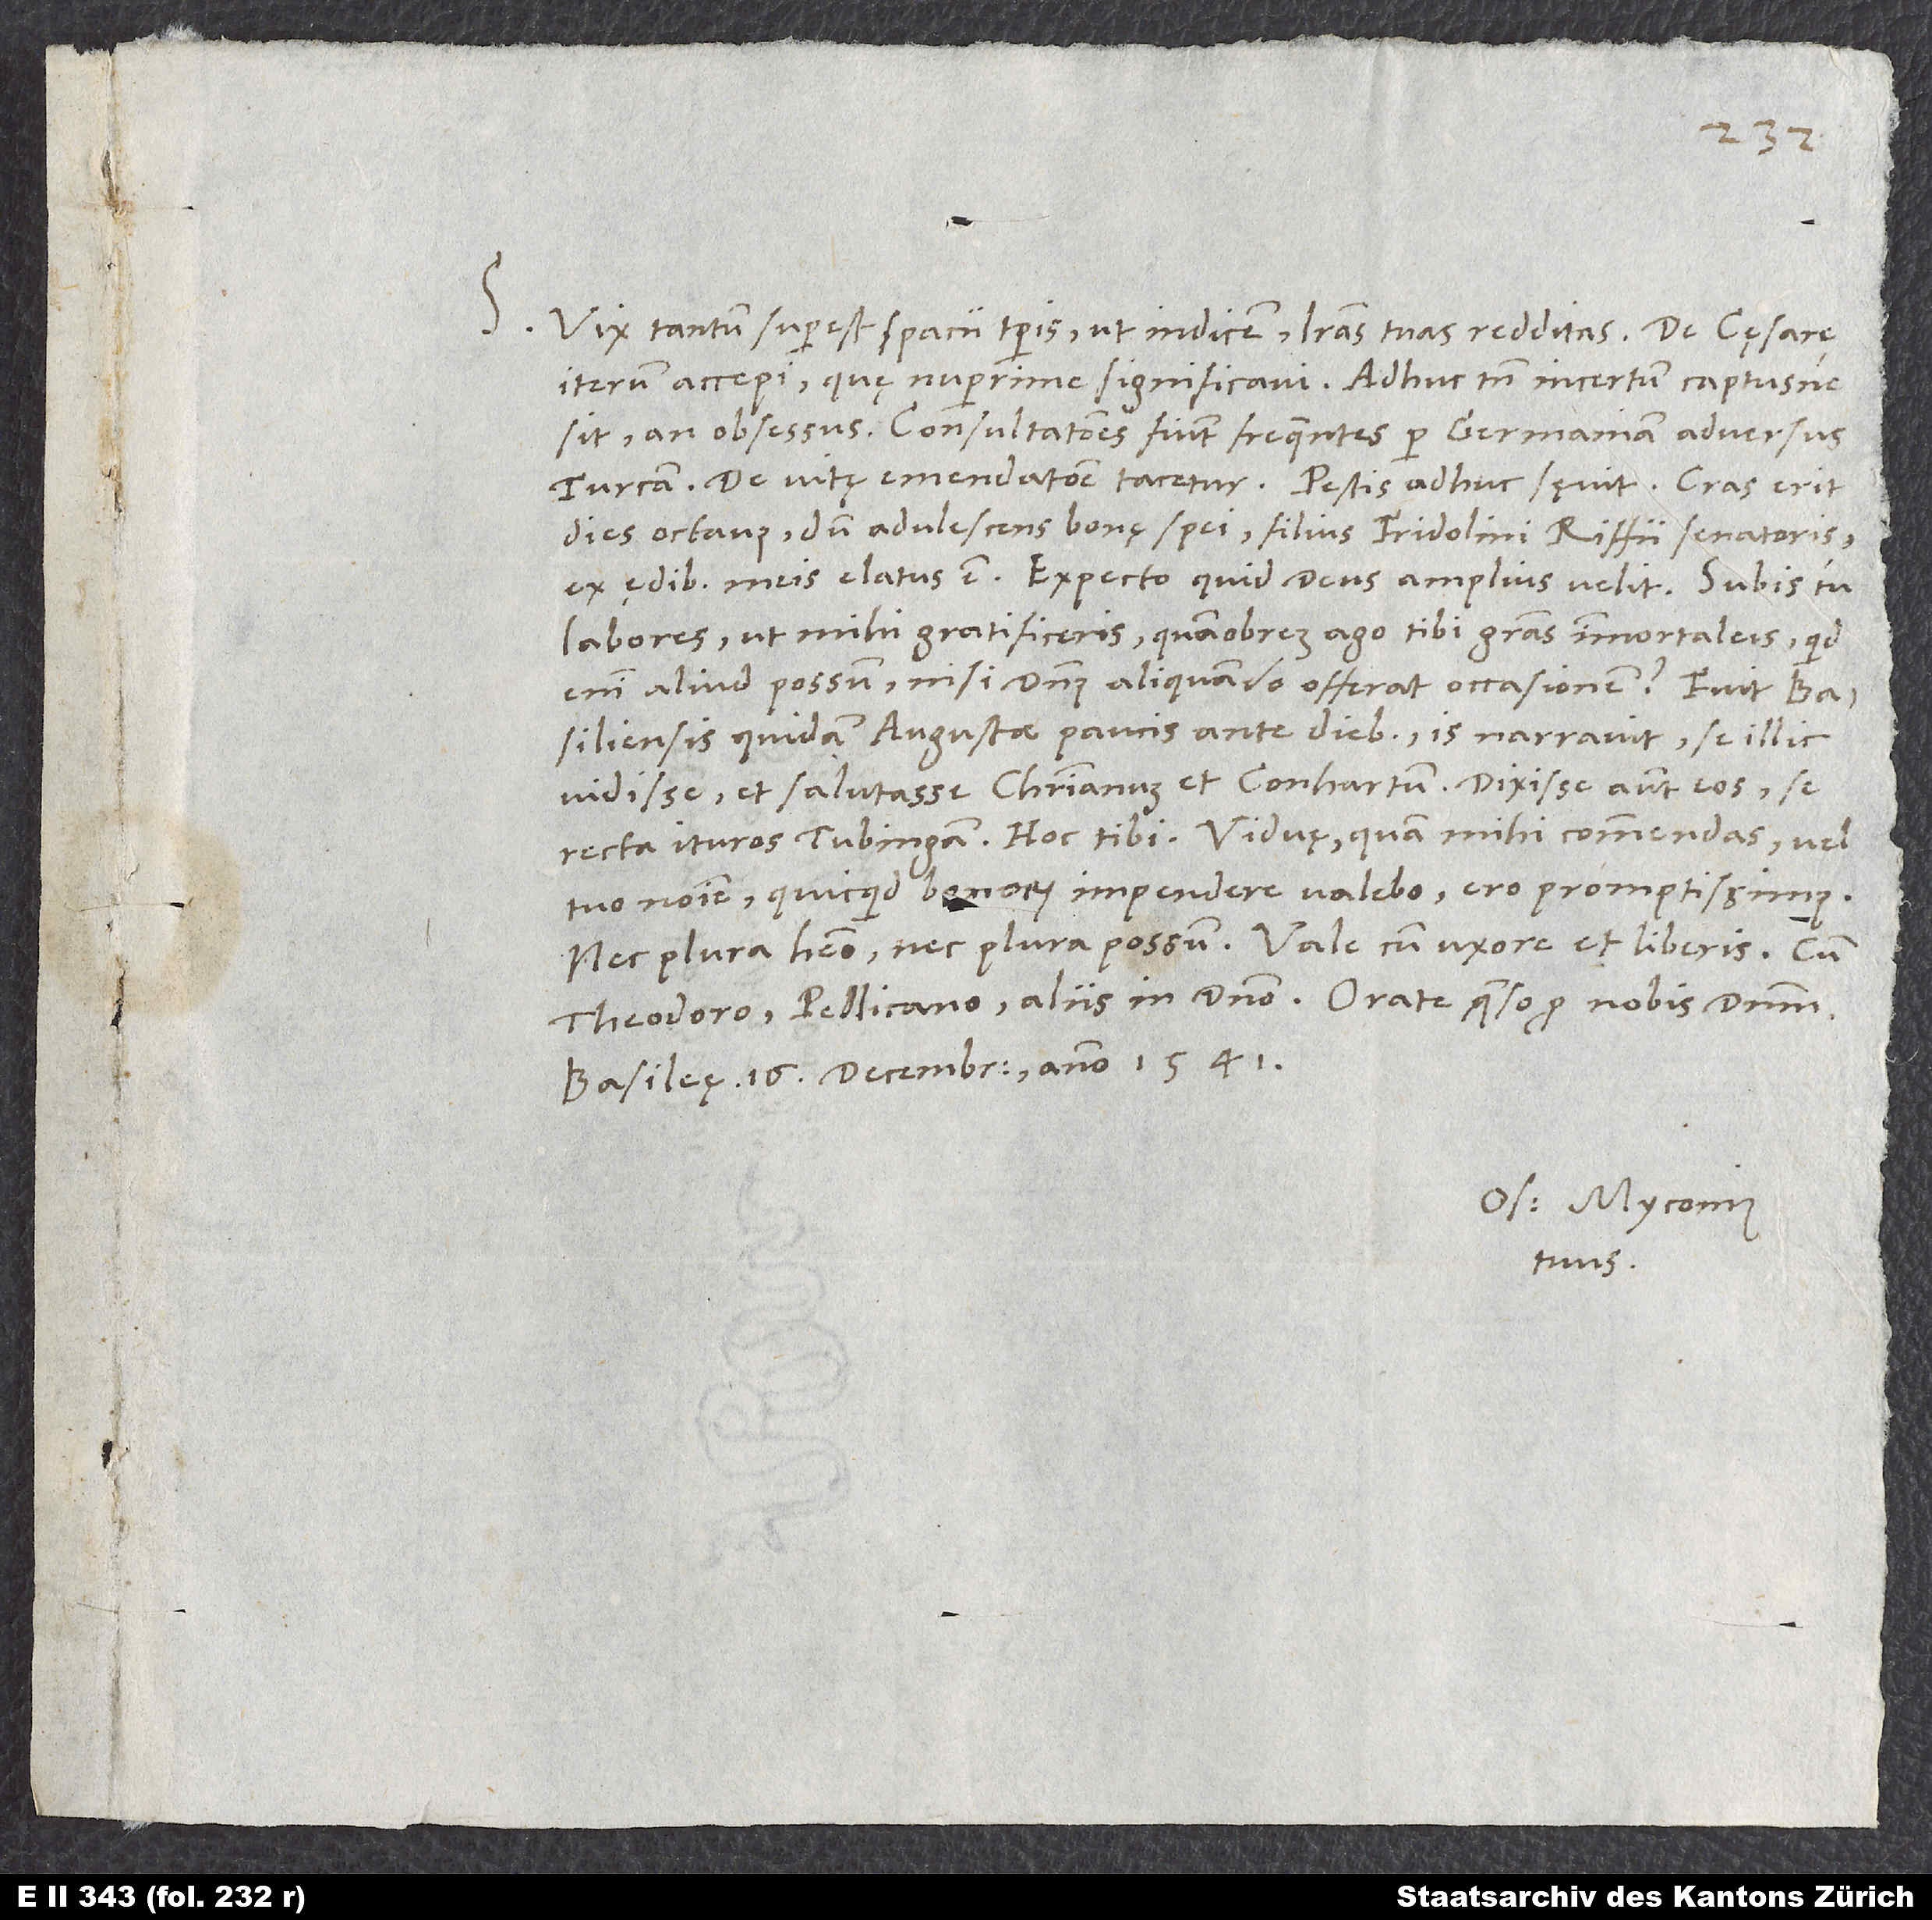
S. Vix tantum superest spacii temporis, ut indicem literas tuas redditas. De cęsare
iterum accepi, quę nuperrime significavi. Adhuc tamen incertum, captusne
sit an obsessus. Consultationes fiunt frequentes per Germaniam adversus
dies octavus, dum adulescens bonę spei, filius Fridolini Riffii senatoris,
ex ędibus meis elatus est. Expecto, quid deus amplius velit.
labores, ut mihi gratificeris, quamobrem ago tibi gratias immortaleis; quid
enim aliud possum, nisi dominus aliquando offerat occasionem?
Basiliensis quidam Augustę paucis ante diebus; is narravit se illic
vidisse et salutasse Christianum et Conhartum, dixisse autem eos se
tuo nomine, quicquid bonorum impendere valebo, ero promptissimus.
Theodoro, Pellicano, aliis in domino. Orate, quęso, pro nobis dominum.
Basileę, 16. decembris anno 1541.
Os. Myconius
tuus.